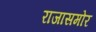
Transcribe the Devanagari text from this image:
राजासमोर